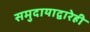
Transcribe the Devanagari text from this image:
समुदायाद्वारेही